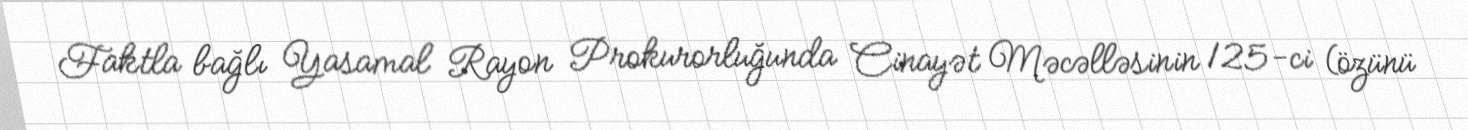
Faktla bağlı Yasamal Rayon Prokurorluğunda Cinayət Məcəlləsinin 125-ci (özünü